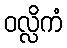
ဝလ္လိကံ